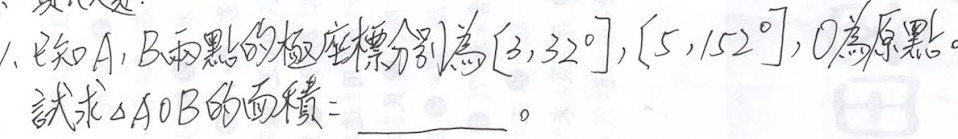
1. 已知\(A\)，\(B\)两点的极坐标分别为\((3,32^{\circ})\)，\((5,152^{\circ})\)，\(O\)为原点。试求\(\triangle AOB\)的面积\(=\)  。